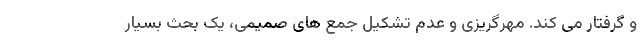
و گرفتار می کند. مهرگریزی و عدم تشکیل جمع های صمیمی، یک بحث بسیار